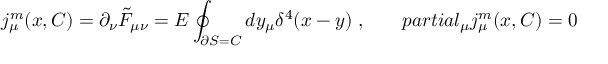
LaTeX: j _ { \mu } ^ { m } ( x , C ) = \partial _ { \nu } \tilde { { \cal F } } _ { \mu \nu } = E \oint _ { \partial S = C } d y _ { \mu } \delta ^ { 4 } ( x - y ) \ , \ \ \ \ \ \, p a r t i a l _ { \mu } j _ { \mu } ^ { m } ( x , C ) = 0